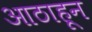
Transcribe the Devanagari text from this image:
आठाहून